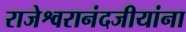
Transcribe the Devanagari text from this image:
राजेश्वरानंदजीयांना